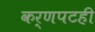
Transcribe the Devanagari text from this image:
कर्णपटही